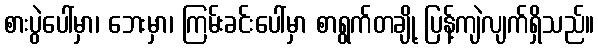
စားပွဲပေါ်မှာ၊ ဘေးမှာ၊ ကြမ်းခင်းပေါ်မှာ စာရွက်တချို့ ပြန့်ကျဲလျက်ရှိသည်။